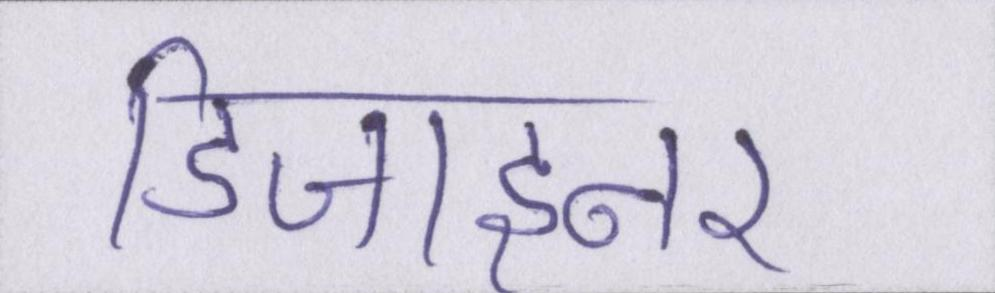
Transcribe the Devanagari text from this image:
डिजाइनर